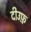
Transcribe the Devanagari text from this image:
दीउफ़्